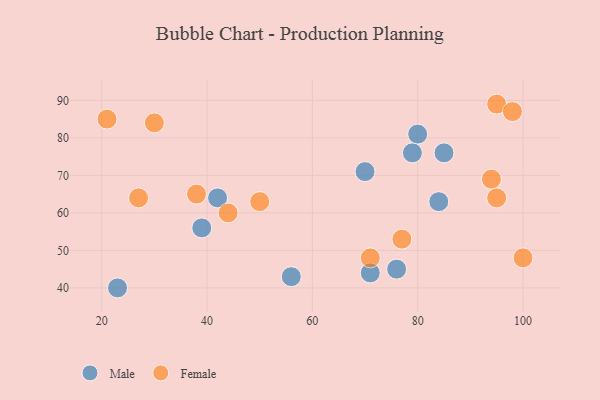
{"axis": {"x": "GDP", "y": "Life Expectancy"}, "legend": ["Female", "Male"], "data": [{"x": "23", "y": 40, "type": "Male"}, {"x": "39", "y": 56, "type": "Male"}, {"x": "42", "y": 64, "type": "Male"}, {"x": "80", "y": 81, "type": "Male"}, {"x": "70", "y": 71, "type": "Male"}, {"x": "76", "y": 45, "type": "Male"}, {"x": "79", "y": 76, "type": "Male"}, {"x": "85", "y": 76, "type": "Male"}, {"x": "56", "y": 43, "type": "Male"}, {"x": "71", "y": 44, "type": "Male"}, {"x": "84", "y": 63, "type": "Male"}, {"x": "95", "y": 89, "type": "Female"}, {"x": "38", "y": 65, "type": "Female"}, {"x": "100", "y": 48, "type": "Female"}, {"x": "27", "y": 64, "type": "Female"}, {"x": "95", "y": 64, "type": "Female"}, {"x": "30", "y": 84, "type": "Female"}, {"x": "44", "y": 60, "type": "Female"}, {"x": "77", "y": 53, "type": "Female"}, {"x": "50", "y": 63, "type": "Female"}, {"x": "21", "y": 85, "type": "Female"}, {"x": "71", "y": 48, "type": "Female"}, {"x": "94", "y": 69, "type": "Female"}, {"x": "98", "y": 87, "type": "Female"}]}